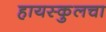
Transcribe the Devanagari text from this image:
हायस्कुलचा